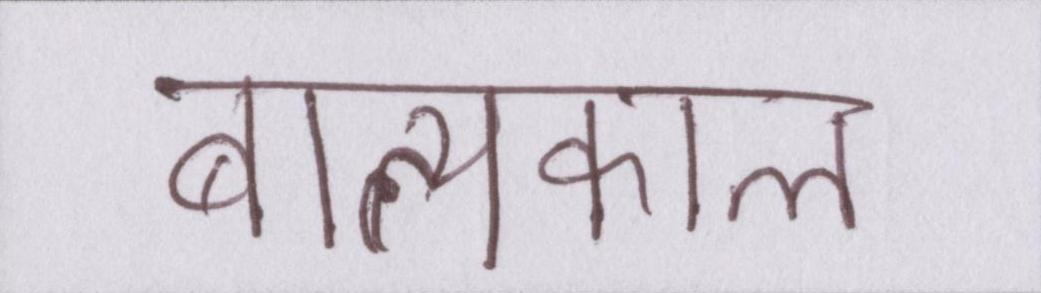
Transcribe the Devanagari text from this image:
बाल्यकाल